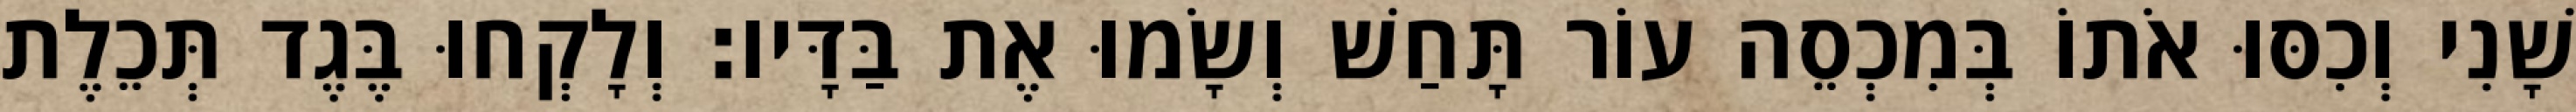
שָׁנִי וְכִסּוּ אֹתוֹ בְּמִכְסֵה עוֹר תָּחַשׁ וְשָׂמוּ אֶת בַּדָּיו׃ וְלָקְחוּ בֶּגֶד תְּכֵלֶת